Lunatic asylums Central Provinces reports 1895-1909 - 1895-1909
Year: 1895
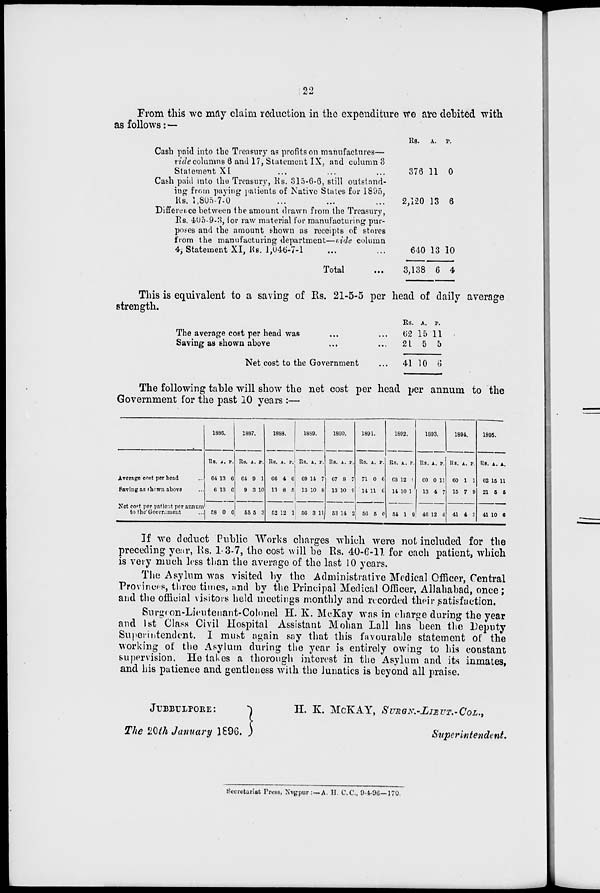
22
From this we may claim reduction in the expenditure we are debited with
as follows:—
Cash paid into the Treasury as profits on manufactures—
ride columns 6 and 17, Statement IX, and column 3
Statement XI
Cash paid into the Treasury, Us. 315-6-6, still outstand-
ing from paying patients of Native States for 1895,
Rs. 1,805-7-0
Difference between the amount drawn from the Treasury,
Rs. 405-9-3, lor raw material for manufacturing pur-
poses and the amount shown as receipts of stores
from the manufacturing department—vide column
4; Statement XI, Rs. 1,046-7-1
Total
Rs.
376
2,120
640
3,138
A.
11
13
13
6
P.
0
6
10
4
This is equivalent to a saving of Rs. 21-5-5 per head of daily average
strength.
The average cost per head was ... ...
Saving as shown above ... ...
Net cost to the Government ...
Rs.
62
21
41
A.
15
5
10
P.
11
5
6
The following table will show the net cost per head per annum to the
Government for the past 10 years :—
Average cost per head ...
Saving as shown above ...
Net cost per patient per annum
to the Government ...
1886.
Rs.
64
6
58
A.
13
13
0
P.
6
6
0
1887.
Rs.
64
9
55
A.
9
3
5
P.
1
10
3
1888.
Rs.
66
13
52
A.
4
8
12
P.
6
5
1
1889.
Rs.
69
13
56
A.
14
10
3
P.
7
8
11
1890.
Rs.
67
13
53
A.
8
10
14
P.
7
9
2
1891.
Rs.
71
14
56
A.
0
11
5
P.
6
6
0
1892.
Rs.
63
14
54
A.
12
10
1
P.
9
1
9
1893.
Rs.
60
13
46
A.
0
4
12
P.
11
7
4
1894.
Rs.
60
15
41
A.
1
7
4
P.
1
9
3
1895.
Rs.
62
21
41
A.
15
5
10
P.
11
5
6
If we deduct Public Works charges which were not included for the
preceding year, Rs. 1-3-7, the cost will be Rs. 40-6-11 for each patient, which
is very much less than the average of the last 10 years.
The Asylum was visited by the Administrative Medical Officer, Central
Provinces, three times, and by the Principal Medical Officer, Allahabad, once;
and the official visitors held meetings monthly and recorded their satisfaction.
Surgeon-Lieutenant-Colonel H. K. McKay was in charge during the year
and 1st Class Civil Hospital Assistant Mohan Lall has been the Deputy
Superintendent. I must again say that this favourable statement of the
working of the Asylum during the year is entirely owing to his constant
supervision. He takes a thorough interest in the Asylum and its inmates,
and his patience and gentleness with the lunatics is beyond all praise.
JUBBULPORE:
The 20th January 1896.
H. K. McKAY,
SURGN.-LIEUT.-COL.,
Superintendent.
Secretariat Press, Nagpur: — A. H. C.C., 9-4-96—170.